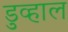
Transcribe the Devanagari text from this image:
डुव्हाल